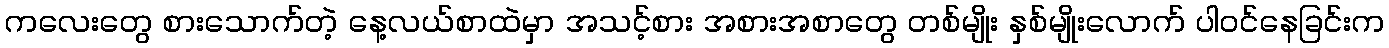
ကလေးတွေ စားသောက်တဲ့ နေ့လယ်စာထဲမှာ အသင့်စား အစားအစာတွေ တစ်မျိုး နှစ်မျိုးလောက် ပါဝင်နေခြင်းက